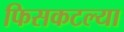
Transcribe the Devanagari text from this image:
फिसकटल्या